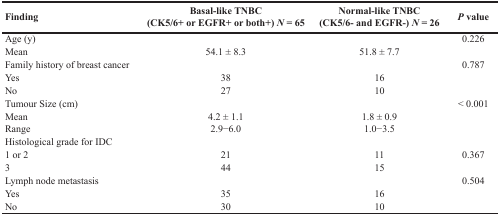
| Finding | Basal-like TNBC (CK5/6+ or EGFR+ or both+) N = 65 | Normal-like TNBC (CK5/6- and EGFR-) N = 26 | P value |
 | --- | --- | --- | --- |
 | Age (y) |  |  | 0.226 |
 | Mean | 54.1 ± 8.3 | 51.8 ± 7.7 |  |
 | Family history of breast cancer |  |  | 0.787 |
 | Yes | 38 | 16 |  |
 | No | 27 | 10 |  |
 | Tumour Size (cm) |  |  | < 0.001 |
 | Mean | 4.2 ± 1.1 | 1.8 ± 0.9 |  |
 | Range | 2.9−6.0 | 1.0−3.5 |  |
 | Histological grade for IDC |  |  |  |
 | 1 or 2 | 21 | 11 | 0.367 |
 | 3 | 44 | 15 |  |
 | Lymph node metastasis |  |  | 0.504 |
 | Yes | 35 | 16 |  |
 | No | 30 | 10 |  |